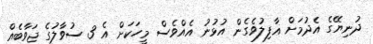
ދުނިޔޭގެ އެދުމަށް ޣާފިލުވެގެން އުޅުނު އެއްވެސް މީހަކަށް އެ 3 ސުވާލުގެ ޖަވާބެއް